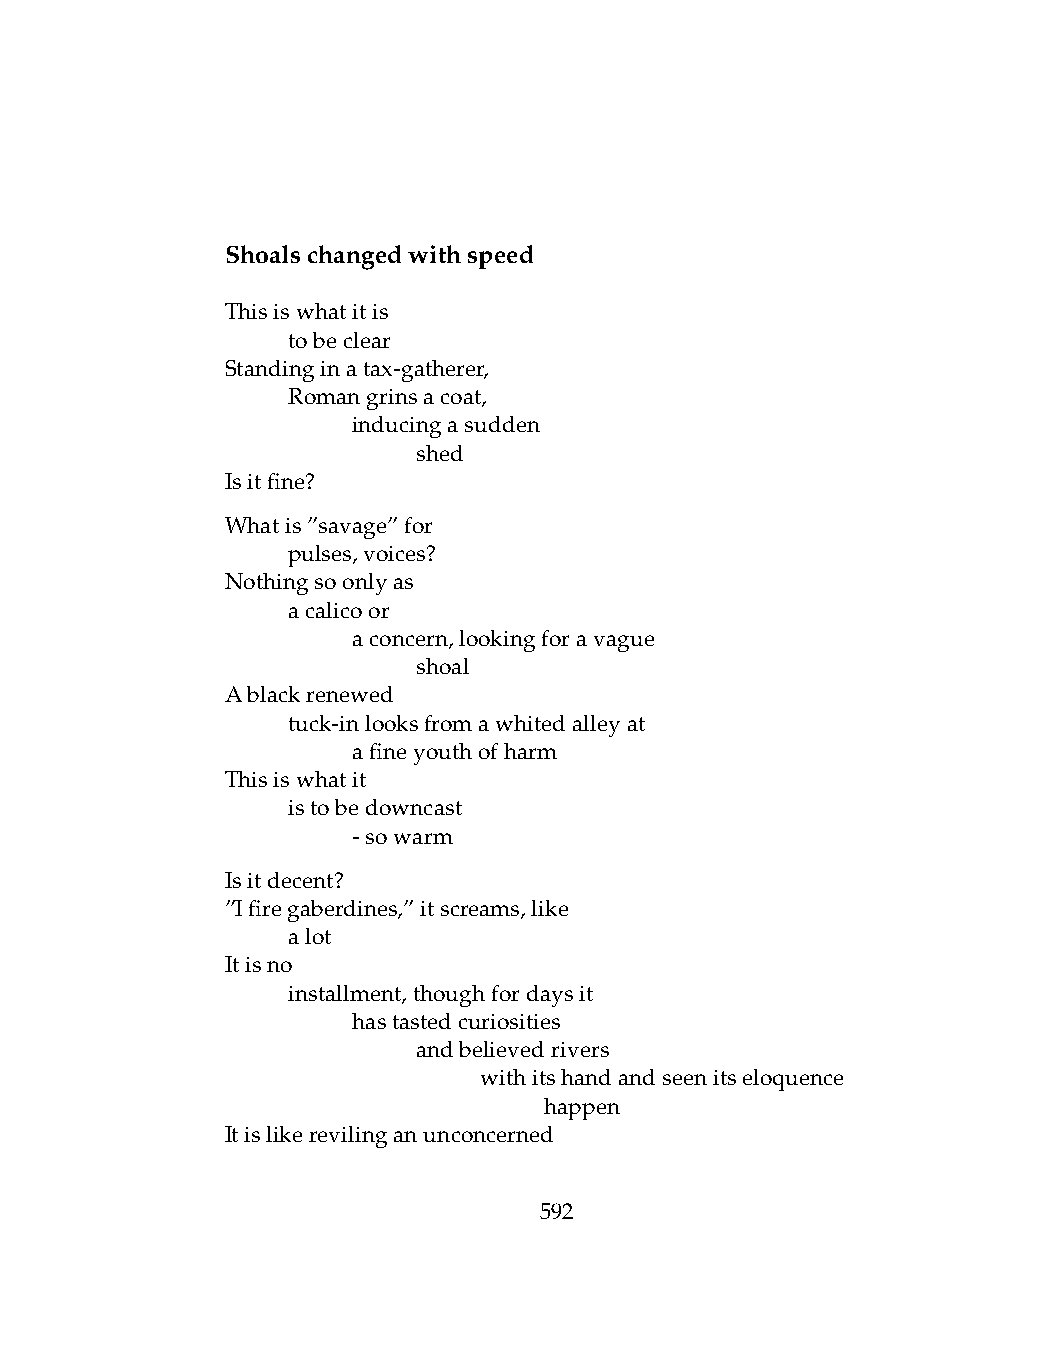
Shoalschangedwithspeed
 Thisiswhatitis
 .   tobeclear
 Standinginatax-gatherer,
 .   Romangrinsacoat,
 .   .   inducingasudden
 .   .   .    shed
 Isitfine?
 Whatis”savage”for
 .   pulses,voices?
 Nothingsoonlyas
 .   acalicoor
 .   .   aconcern,lookingforavague
 .   .   .    shoal
 Ablackrenewed
 .   tuck-inlooksfromawhitedalleyat
 .   .   afineyouthofharm
 Thisiswhatit
 .   istobedowncast
 .   .   -sowarm
 Isitdecent?
 ”Ifiregaberdines,”itscreams,like
 .   alot
 Itisno
 .   installment,thoughfordaysit
 .   .   hastastedcuriosities
 .   .   .    andbelievedrivers
 .   .   .    .   withitshandandseenitseloquence
 .   .   .    .   .   happen
 Itislikerevilinganunconcerned
 592